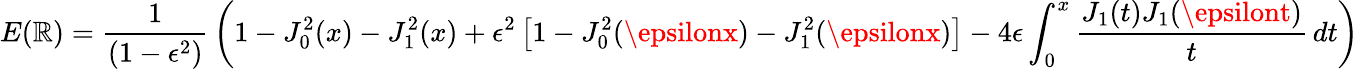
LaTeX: E(\mathbb{R})={\frac{{1}}{{(1-\epsilon^{2})}}}\left(1-J_{0}^{2}(x)-J_{1}^{2}(x)+\epsilon^{2}\left[1-J_{0}^{2}(\epsilonx)-J_{1}^{2}(\epsilonx)\right]-4\epsilon\int_{0}^{x}{\frac{{J_{1}(t)J_{1}(\epsilont)}}{{t}}}\, dt\right)